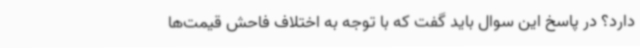
دارد؟ در پاسخ این سوال باید گفت که با توجه به اختلاف فاحش قیمت‌ها